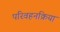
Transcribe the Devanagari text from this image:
परिवहनक्रिया